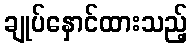
ချုပ်နှောင်ထားသည့်